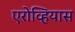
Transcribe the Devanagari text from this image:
एरोव्हियास